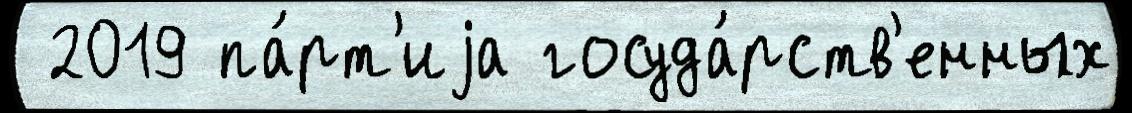
 2019 па́рт'иjа госуда́рств'енных